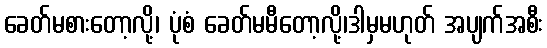
ခေတ်မစားတော့လို့၊ ပုံစံ ခေတ်မမီတော့လို့၊ဒါမှမဟုတ် အပျက်အစီး